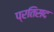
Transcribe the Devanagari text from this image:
प्रतिसद